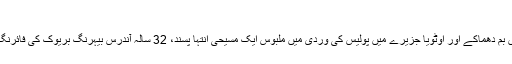
ناروے کی پولیس اوسلو حملے کی چھان بین کر رہی ہے
ناروے پولیس کے تازہ بیان کے مطابق دارالحکومت اوسلو میں بم دھماکے اور اوٹویا جزیرے میں پولیس کی وردی میں ملبوس ایک مسیحی انتہا پسند، 32 سالہ آندرس بیہرنگ بریوک کی فائرنگ کے واقعات میں ہلاک ہونے والوں کی تعداد 85 ہو گئی ہے۔